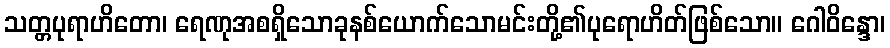
သတ္တပုရာဟိတော၊ ရေဏုအစရှိသောခုနစ်ယောက်သောမင်းတို့၏ပုရောဟိတ်ဖြစ်သော။ ဂေါဝိန္ဒော၊